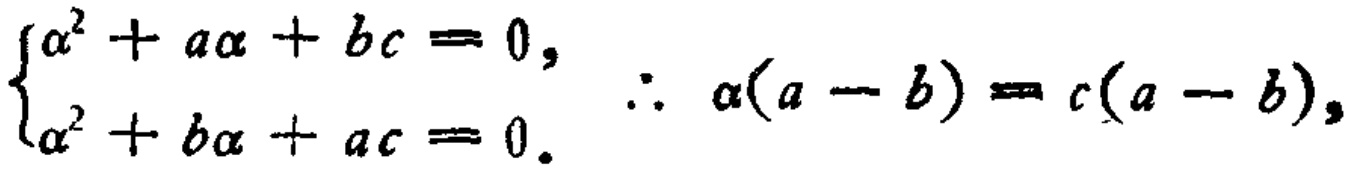
$\begin{cases}
\alpha^{2}+a\alpha + bc = 0,\\
\alpha^{2}+b\alpha + ac = 0.
\end{cases}
\therefore \alpha(a - b)=c(a - b),$